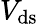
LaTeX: V_{\mathrm{ds}}